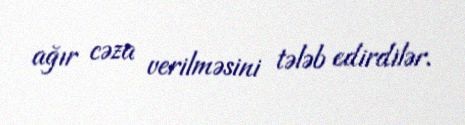
ağır cəza verilməsini tələb edirdilər.